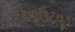
આઉટવૂડ